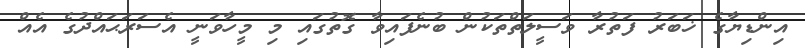
އިންޑިޔާގެ ޚަބަރު ފަތުރާ ވަސީލަތްތަކުން ބުނެފައިވާ ގޮތުގައި މި މީހާވަނީ އެސަރަޙައްދުގެ އެއް